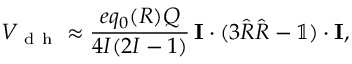
V _ { \mathrm { ~ d ~ h ~ } } \approx \frac { e q _ { 0 } ( R ) Q } { 4 I ( 2 I - 1 ) } \, { \bf I } \cdot ( 3 \hat { R } \hat { R } - \mathbb { 1 } ) \cdot { \bf I } ,